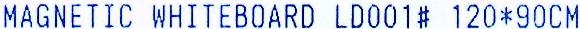
MAGNETIC WHITEBOARD LD001# 120*90CM